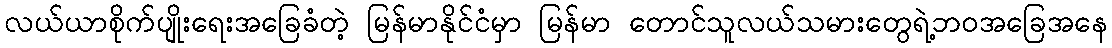
လယ်ယာစိုက်ပျိုးရေးအခြေခံတဲ့ မြန်မာနိုင်ငံမှာ မြန်မာ တောင်သူလယ်သမားတွေရဲ့ဘဝအခြေအနေ